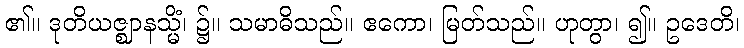
၏။ ဒုတိယဇ္ဈာနသ္မိံ၊ ၌။ သမာဓိသည်။ ဧကော၊ မြတ်သည်။ ဟုတွာ၊ ၍။ ဥဒေတိ၊